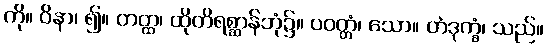
ကို။ ဝိနာ၊ ၍။ တတ္ထ၊ ထိုတိရစ္ဆာန်ဘုံ၌။ ပဝတ္တံ၊ သော။ တံဒုက္ခံ၊ သည်။